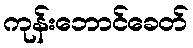
ကုန်းဘောင်ခေတ်